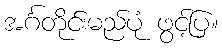
အင်္ဂတိုင်းမည်ပုံ ဖွင့်ပြ။